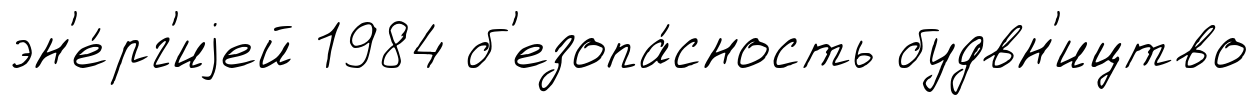
эн'е́рг'иjей 1984 б'езопа́сность будвн'ицтво